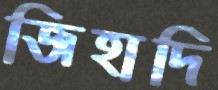
জিহাদি